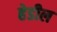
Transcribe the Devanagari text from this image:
हेडील